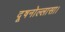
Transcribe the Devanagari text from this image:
दूषनोल्लासा।